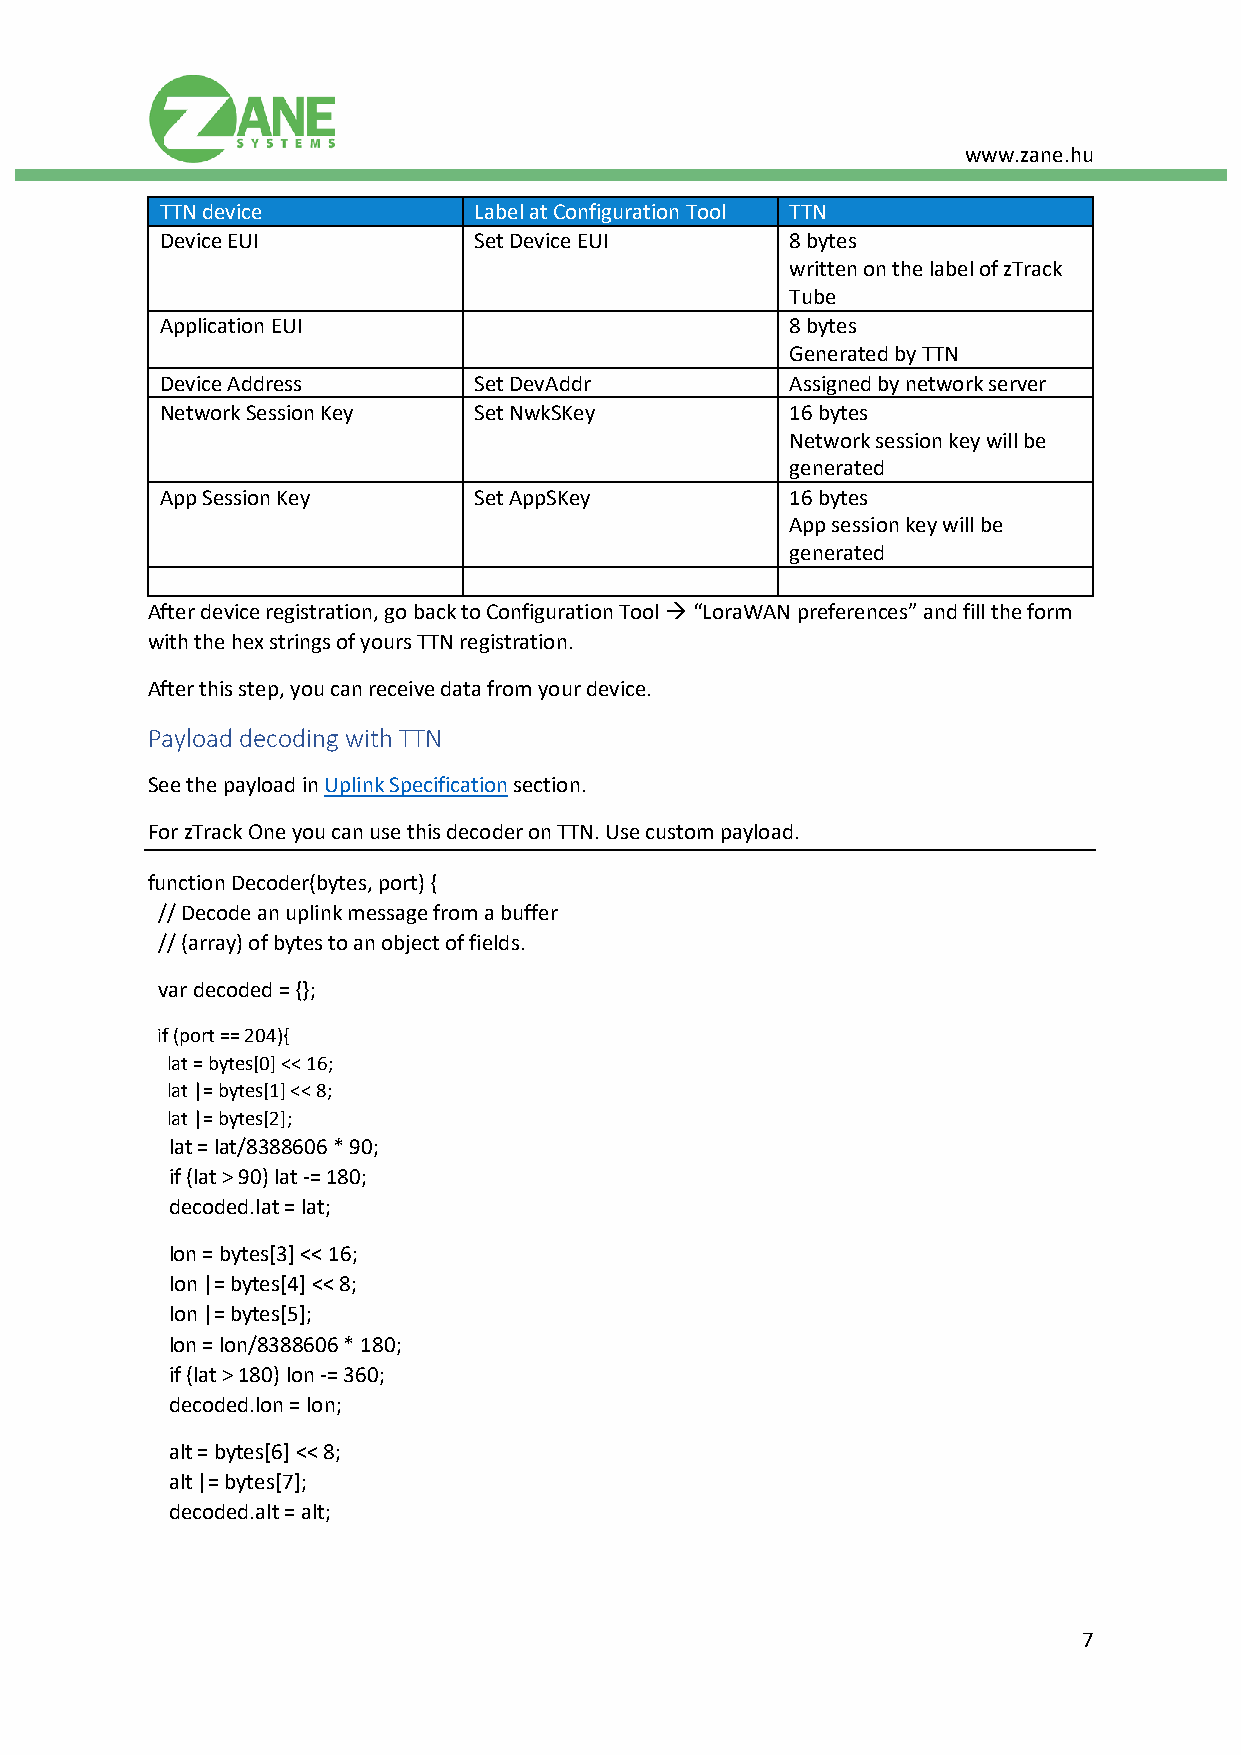
www.zane.hu
 TTN device          Label at Configuration Tool TTN
 Device EUI          Set Device EUI       8 bytes
 written on the label of zTrack
 Tube
 Application EUI                          8 bytes
 Generated by TTN
 Device Address      Set DevAddr          Assigned by network server
 Network Session Key Set NwkSKey          16 bytes
 Network session key will be
 generated
 App Session Key     Set AppSKey          16 bytes
 App session key will be
 generated
 After device registration, go back to Configuration Tool → “LoraWAN preferences” and fill the form
 with the hex strings of yours TTN registration.
 After this step, you can receive data from your device.
 Payload decoding with TTN
 See the payload in Uplink Specification section.
 For zTrack One you can use this decoder on TTN. Use custom payload.
 function Decoder(bytes, port) {
 // Decode an uplink message from a buffer
 // (array) of bytes to an object of fields.
 var decoded = {};
 if (port == 204){
 lat = bytes[0] << 16;
 lat |= bytes[1] << 8;
 lat |= bytes[2];
 lat = lat/8388606 * 90;
 if (lat > 90) lat -= 180;
 decoded.lat = lat;
 lon = bytes[3] << 16;
 lon |= bytes[4] << 8;
 lon |= bytes[5];
 lon = lon/8388606 * 180;
 if (lat > 180) lon -= 360;
 decoded.lon = lon;
 alt = bytes[6] << 8;
 alt |= bytes[7];
 decoded.alt = alt;
 7